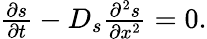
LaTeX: \begin{array}{r}{\frac{\partial s}{\partial t}-D_{s}\frac{\partial^{2}s}{\partial x^{2}}=0.}\end{array}